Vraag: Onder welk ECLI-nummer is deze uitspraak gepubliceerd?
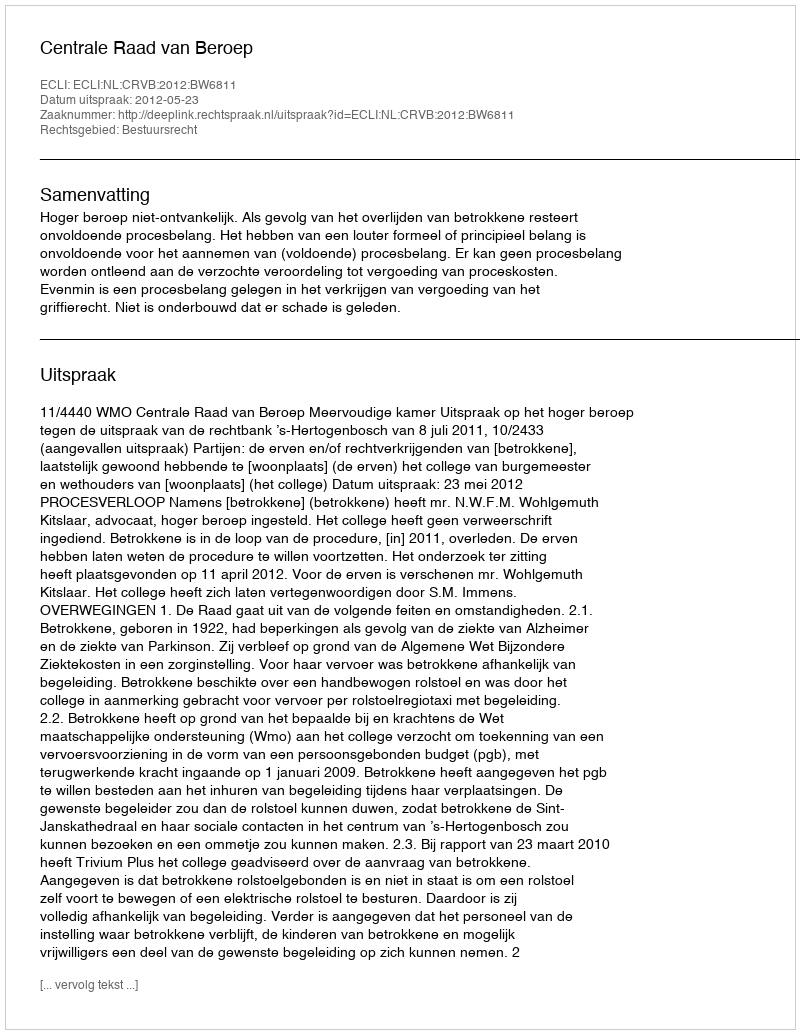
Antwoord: ECLI:NL:CRVB:2012:BW6811